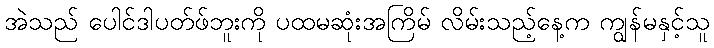
အဲသည် ပေါင်ဒါပတ်ဖ်ဘူးကို ပထမဆုံးအကြိမ် လိမ်းသည့်နေ့က ကျွန်မနှင့်သူ